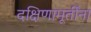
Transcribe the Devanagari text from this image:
दक्षिणामूर्तींना